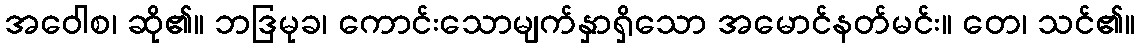
အဝေါစ၊ ဆို၏။ ဘဒြမုခ၊ ကောင်းသောမျက်နှာရှိသော အမောင်နတ်မင်း။ တေ၊ သင်၏။